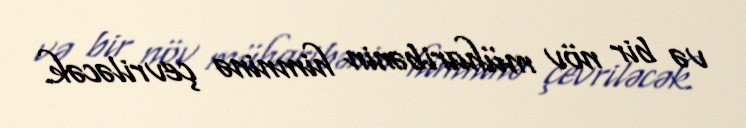
və bir növ müharibənin himninə çevriləcək.